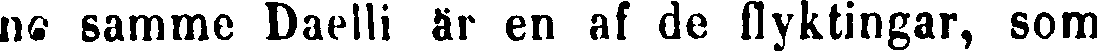
nc samme Daelli är en af de flyktingar, som